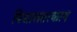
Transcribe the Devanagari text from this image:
विशालतरकाय